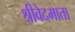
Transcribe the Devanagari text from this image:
श्रीवेदमाता